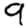
Digit: 9